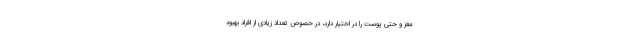
مغز و حتی پوست را در اختیار دارد، در خصوص تعداد زیادی از افراد بهبود